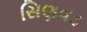
સિણવડ